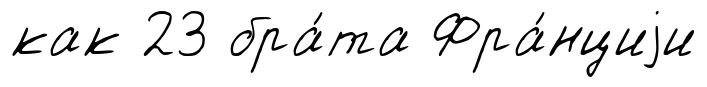
как 23 бра́та Фра́нциjи